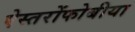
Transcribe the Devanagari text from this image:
ऐस्तरोंफोबीया